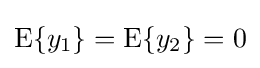
\operatorname {E} \{y_{1}\}=\operatorname {E} \{y_{2}\}=0